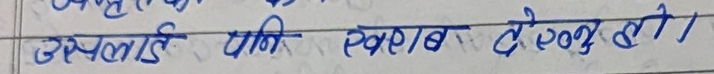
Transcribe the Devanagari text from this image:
उस्लाई पनि खराब देख्छौँ ।